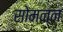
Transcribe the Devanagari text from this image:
सोमन्न